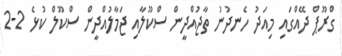
ގްރޫޕް ދޭއްގައި މިއަދު ހެނދުނު ތާޖުއްދީން ސްކޫލާއި ޖަމާލުއްދީން ސްކޫލް ކުޅެ 2-2